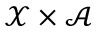
\mathcal X \times \mathcal A